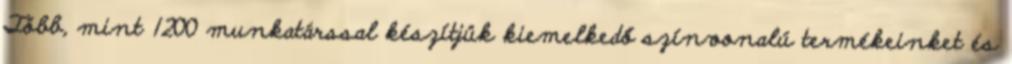
Több, mint 1200 munkatárssal készítjük kiemelkedő színvonalú termékeinket és